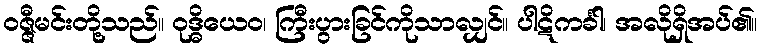
ဝဇ္ဇီမင်းတို့သည်။ ဝုဒ္ဓိယေဝ၊ ကြီးပွားခြင်ကိုသာလျှင်။ ပါဋိကင်္ခါ၊ အလိုရှိအပ်၏။